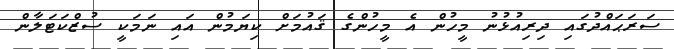
ސަަރަޙައްދުގައި ދިރިއުޅުނު މީހުން އެ މީހުންގެ ޤައުމަށް ކިޔަމުން އައި ނަމަކީ ސުޒްކަޓަލާން